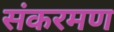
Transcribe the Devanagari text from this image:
संकरमण